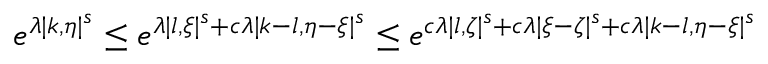
\begin{array} { r } { e ^ { \lambda | k , \eta | ^ { s } } \leq e ^ { \lambda | l , \xi | ^ { s } + c \lambda | k - l , \eta - \xi | ^ { s } } \leq e ^ { c \lambda | l , \zeta | ^ { s } + c \lambda | \xi - \zeta | ^ { s } + c \lambda | k - l , \eta - \xi | ^ { s } } } \end{array}